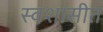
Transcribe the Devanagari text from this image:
स्वशासीत